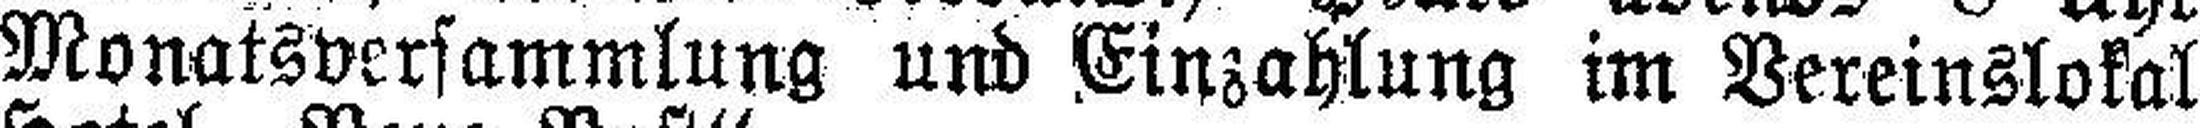
Monatsversammlung und Einzahlung im Vereinslokal